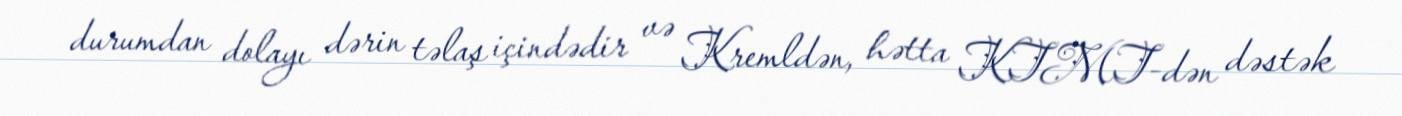
durumdan dolayı dərin təlaş içindədir və Kremldən, hətta KTMT-dən dəstək